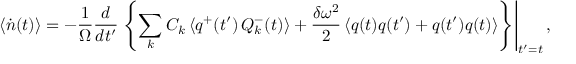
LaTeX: \left< \dot { n } ( t ) \right> = - \frac { 1 } { \Omega } \frac { d } { d t ^ { \prime } } \left. \left\{ \sum _ { k } C _ { k } \left< q ^ { + } ( t ^ { \prime } ) \, Q _ { k } ^ { - } ( t ) \right> + \frac { \delta \omega ^ { 2 } } { 2 } \left< q ( t ) q ( t ^ { \prime } ) + q ( t ^ { \prime } ) q ( t ) \right> \right\} \right| _ { t ^ { \prime } = t } ,